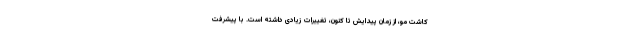
کاشت مو، از زمان پیدایش تا کنون، تغییرات زیادی داشته است. با پیشرفت